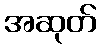
အဆုတ်